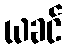
ယခင်